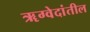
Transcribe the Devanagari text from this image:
ॠग्वेदांतील